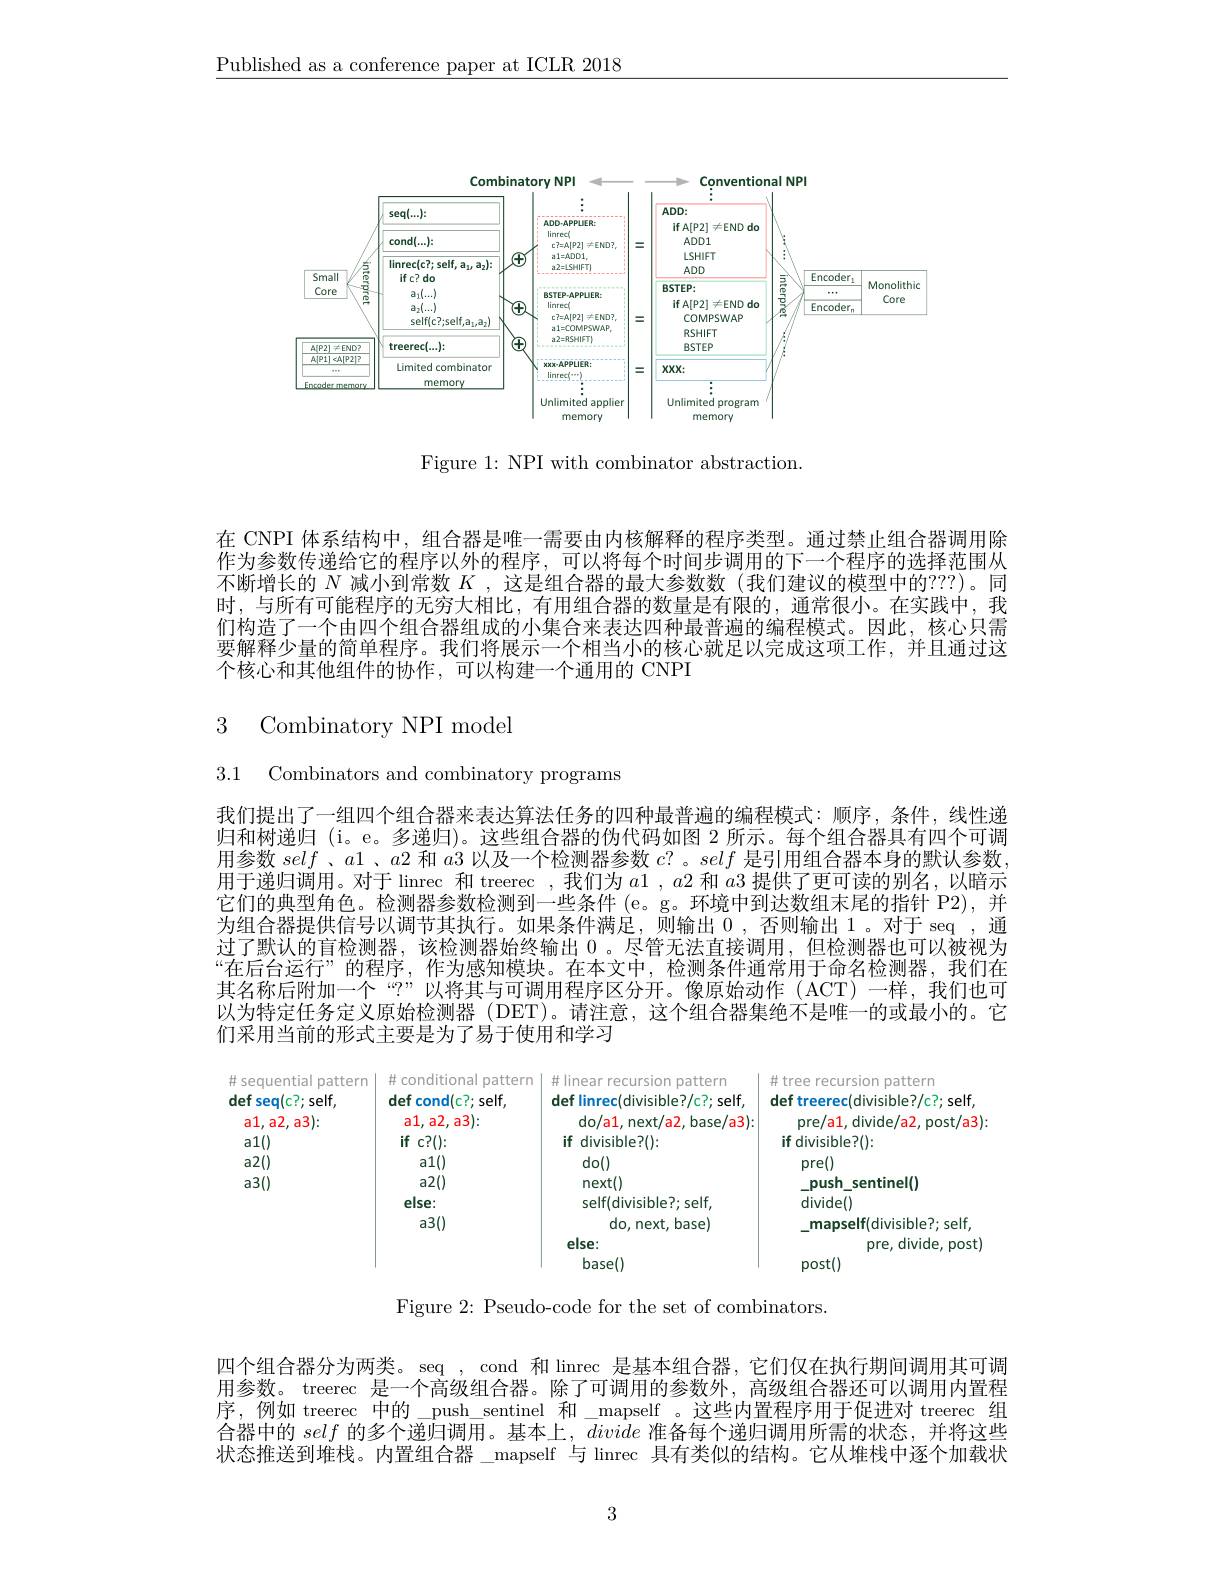
$\underline{\text{Published as a conference paper at ICLR 2018}}$

<FigureHere>

Figure 1: NPI with combinator abstraction.

在 CNPI 体系结构中，组合器是唯一需要由内核解释的程序类型。通过禁止组合器调用除作为参数传递给它的程序以外的程序，可以将每个时间步调用的下一个程序的选择范围从不断增长的$N$减小到常数$K$ ,这是组合器的最大参数数 (我们建议的模型中的？?)。同时，与所有可能程序的无穷大相比，有用组合器的数量是有限的，通常很小。在实践中，我们构造了一个由四个组合器组成的小集合来表达四种最普遍的编程模式。因此，核心只需要解释少量的简单程序。我们将展示一个相当小的核心就足以完成这项工作，并且通过这个核心和其他组件的协作，可以构建一个通用的 CNPI

3 Combinatory NPI model

3.1 Combinators and combinatory programs

我们提出了一组四个组合器来表达算法任务的四种最普遍的编程模式：顺序，条件，线性递归和树递归 (i。e。多递归)。这些组合器的伪代码如图 2 所示。每个组合器具有四个可调用参数self 、$a1$、$a2$和$a$3 以及一个检测器参数$c?$。self是引用组合器本身的默认参数， 用于递归调用。对于 linrec 和 treerec ,我们为$a1,a2$和$a3$提供了更可读的别名，以暗示它们的典型角色。检测器参数检测到一些条件(e。g。环境中到达数组末尾的指针 P2),并为组合器提供信号以调节其执行。如果条件满足，则输出0，否则输出 1。对于 seq ,通过了默认的盲检测器，该检测器始终输出0。尽管无法直接调用，但检测器也可以被视为“在后台运行”的程序，作为感知模块。在本文中，检测条件通常用于命名检测器，我们在其名称后附加一个“?”以将其与可调用程序区分开。像原始动作(ACT)一样，我们也可以为特定任务定义原始检测器 (DET)。请注意，这个组合器集绝不是唯一的或最小的。它们采用当前的形式主要是为了易于使用和学习

<FigureHere>

Figure 2: Pseudo-code for the set of combinators.

四个组合器分为两类。seq , cond 和 linrec 是基本组合器，它们仅在执行期间调用其可调用参数。treerec 是一个高级组合器。除了可调用的参数外，高级组合器还可以调用内置程序，例如 treerec 中的\_push\_sentinel 和\_mapself 。这些内置程序用于促进对 treerec 组合器中的self的多个递归调用。基本上，divide准备每个递归调用所需的状态，并将这些状态推送到堆栈。内置组合器\_mapself 与 linrec 具有类似的结构。它从堆栈中逐个加载状

3